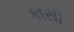
કાસી